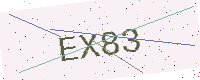
Text: EX83